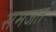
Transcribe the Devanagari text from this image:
समजतं